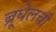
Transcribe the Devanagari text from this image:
ब्रूघेलची